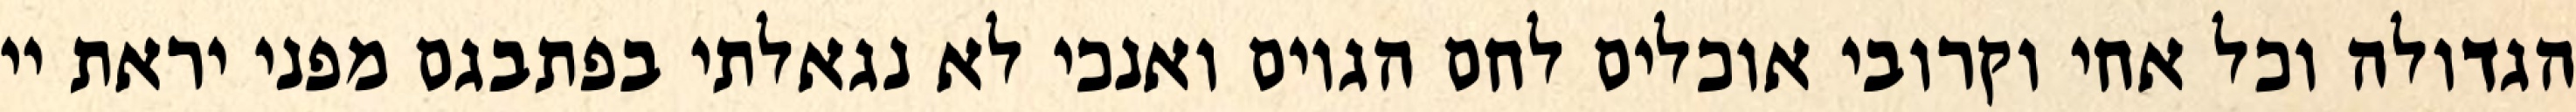
הגדולה וכל אחי וקרובי אוכלים לחם הגוים ואנכי לא נגאלתי בפתבגם מפני יראת יי